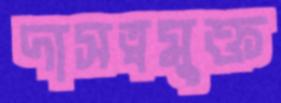
দাসত্বমুক্ত